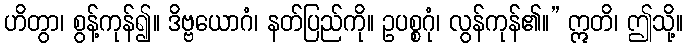
ဟိတွာ၊ စွန့်ကုန်၍။ ဒိဗ္ဗယောဂံ၊ နတ်ပြည်ကို။ ဥပစ္စဂုံ၊ လွန်ကုန်၏။” ဣတိ၊ ဤသို့။